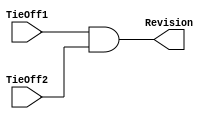
//  -=========================================================================--
//  This confidential and proprietary software may be used only
//  as authorised by a licensing agreement from ARM Limited
//  (C) COPYRIGHT 2022 ARM Limited
//  ALL RIGHTS RESERVED
//  The entire notice above must be reproduced on all authorised copies
//  and copies may only be made to the extent permitted by a
//  licensing agreement from ARM Limited.
//  ----------------------------------------------------------------------------
//
//  Version and Release Control Information :
//
//
//
//  File Revision       : 1.3
//      @ Ahmed Abdelazzem
//  Release Information : PrimeCell(TM)-PL031-REL1v0
//
//  ----------------------------------------------------------------------------
//  Purpose               : Revision Designator Module
//
//  --========================================================================--

`timescale 1ns/1ps


module RtcRevAnd (
                    input  wire  TieOff1,      // AND gate input 1
                    input  wire  TieOff2,      // AND gate input 2

                    output wire  Revision      // AND gate output
                  );



// -----------------------------------------------------------------------------
//
//                              RtcRevAnd
//                              =========
//
// -----------------------------------------------------------------------------
//
// Overview
// ========
//   This module contains a single AND gate to be used as a
// place-holder cell to mark the Revision of the Rtc.
// The 2 input pins will be tied-off at the top level of the
// hierarchy. These "TieOffs" can be identified during layout
// and re-wired to "VDD" or "VSS" if needed.
//
// -----------------------------------------------------------------------------

// -----------------------------------------------------------------------------
// Wire declaration
// -----------------------------------------------------------------------------

// -----------------------------------------------------------------------------
//
// Main body of code
// =================
//
// -----------------------------------------------------------------------------

assign Revision         = TieOff1 & TieOff2;

endmodule

// --========================= End of RtcRevAnd =============================--